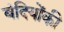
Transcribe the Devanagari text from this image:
बंदियोंकी